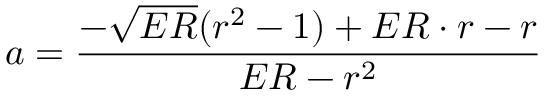
a = \frac { - \sqrt { E R } { ( r ^ { 2 } - 1 ) } + E R \cdot { r } - r } { E R - r ^ { 2 } }